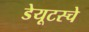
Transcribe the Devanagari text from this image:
डेयूटस्चे